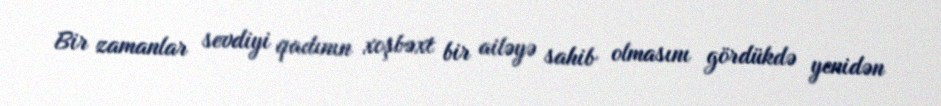
Bir zamanlar sevdiyi qadının xoşbəxt bir ailəyə sahib olmasını gördükdə yenidən